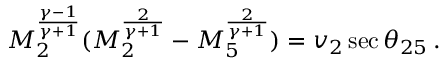
\begin{array} { r } { M _ { 2 } ^ { \frac { \gamma - 1 } { \gamma + 1 } } ( M _ { 2 } ^ { \frac { 2 } { \gamma + 1 } } - M _ { 5 } ^ { \frac { 2 } { \gamma + 1 } } ) = v _ { 2 } \sec { \theta _ { 2 5 } } \, . } \end{array}